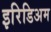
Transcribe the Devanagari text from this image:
इरिडिअम